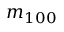
m _ { 1 0 0 }